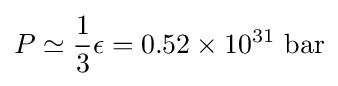
P\simeq {\frac {1}{3}}\epsilon =0.52\times 10^{31}~{\text{bar}}